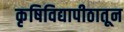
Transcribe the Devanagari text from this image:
कृषिविद्यापीठातून